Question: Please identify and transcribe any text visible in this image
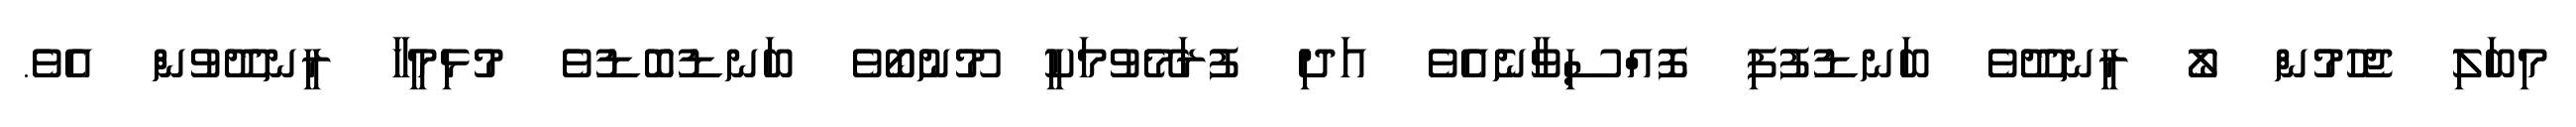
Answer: މިބަލި ޖެހުމުން ލޯ ރީނދޫވެ ބަނޑުފުފި ފޮއްސިވާނެއެވެ އަދި ފުރަމޭވުމަކީ މޫނުބޯވެ ބަނޑުބޮޑުވެ މުޅިމީހާ ރީނދޫވުން އެވެ.